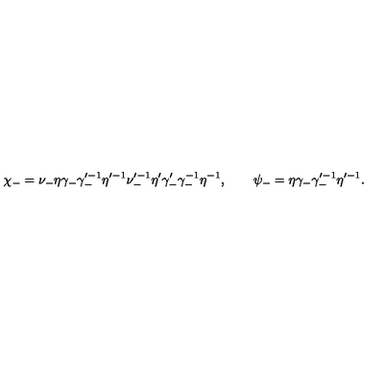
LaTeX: \chi _ { - } = \nu _ { - } \eta \gamma _ { - } \gamma _ { - } ^ { \prime - 1 } \eta ^ { \prime - 1 } \nu _ { - } ^ { \prime - 1 } \eta ^ { \prime } \gamma _ { - } ^ { \prime } \gamma _ { - } ^ { - 1 } \eta ^ { - 1 } , \qquad \psi _ { - } = \eta \gamma _ { - } \gamma _ { - } ^ { \prime - 1 } \eta ^ { \prime - 1 } .